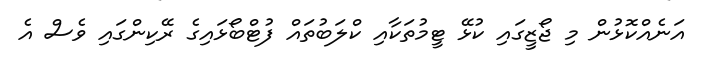
އަނެއްކޮޅުން މި ޖޯޒީގައި ކުޅޭ ޓީމުތަކާއި ކްލަބުތައް ފުޓްބޯޅައިގެ ރޭކިންގައި ވެސް އެ